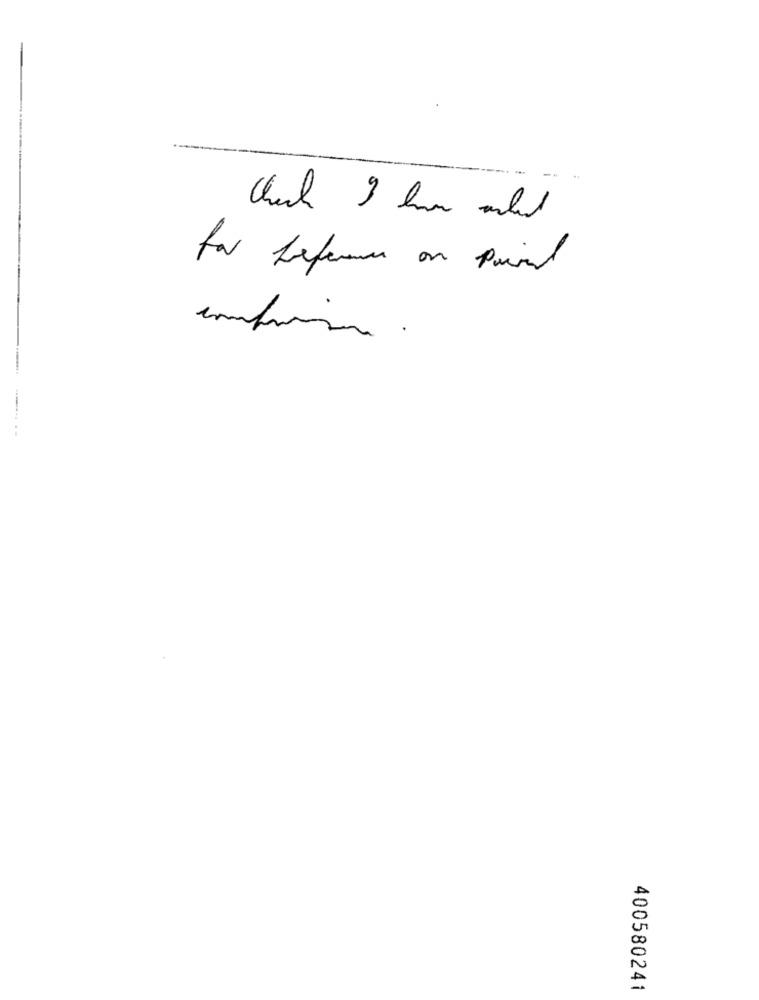
Which I har ald
for Referen on Paired
400580241